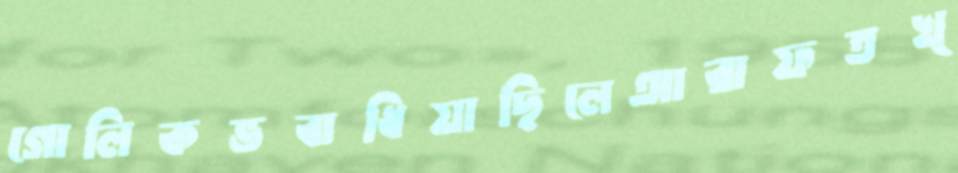
গোলিকভবাধিয়াছিলেআরাফতখ্